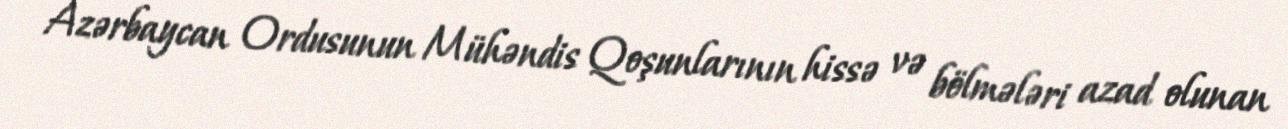
Azərbaycan Ordusunun Mühəndis Qoşunlarının hissə və bölmələri azad olunan